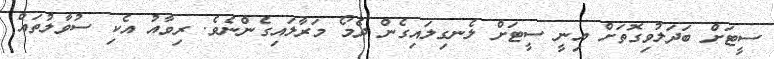
ސީޓަށް ބަދަލުވިގޮތަށް އިނީ ސީޓަށް ލެނގިލައިގެން ދެމޯ މަރާލައިގެންނެވެ. ރިވާއު އެކި ސުވާލުތައް